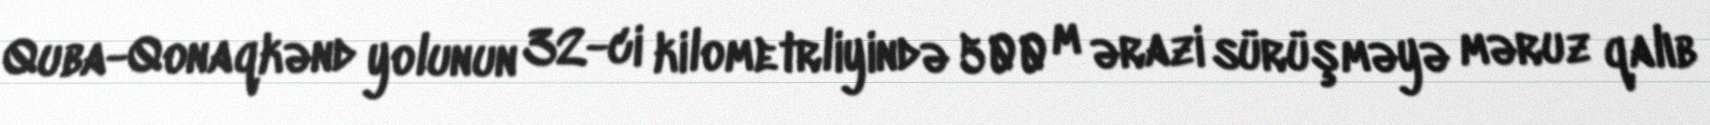
Quba-Qonaqkənd yolunun 32-ci kilometrliyində 500 m ərazi sürüşməyə məruz qalıb